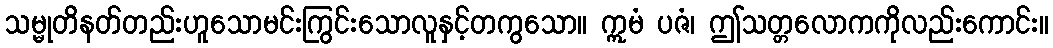
သမ္မုတိနတ်တည်းဟူသောမင်းကြွင်းသောလူနှင့်တကွသော။ ဣမံ ပဇံ၊ ဤသတ္တလောကကိုလည်းကောင်း။